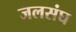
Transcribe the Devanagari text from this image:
जलसंघ